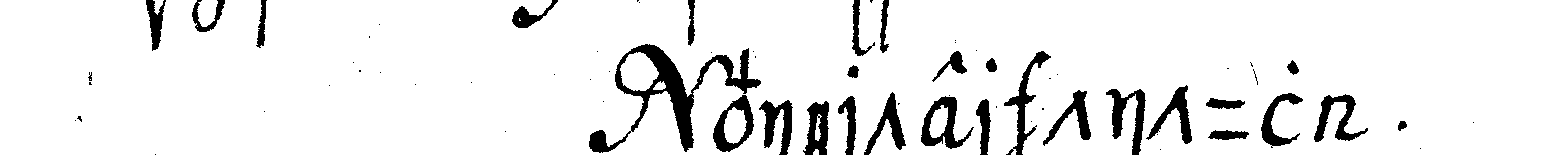
vierter titul .